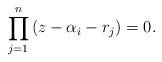
LaTeX: \begin{align*}\prod_{j=1}^{n}\left( z - \alpha_{i} - r_{j} \right) = 0. \end{align*}